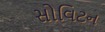
સોવિટન